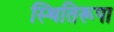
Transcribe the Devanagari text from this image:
स्थितिरूपा